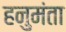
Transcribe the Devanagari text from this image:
हनुमंता